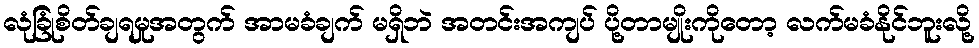
လုံခြုံစိတ်ချရမှုအတွက် အာမခံချက် မရှိဘဲ အတင်းအကျပ် ပို့တာမျိုးကိုတော့ လက်မခံနိုင်ဘူးလို့